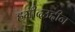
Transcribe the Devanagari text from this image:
हमीदउद्दीन